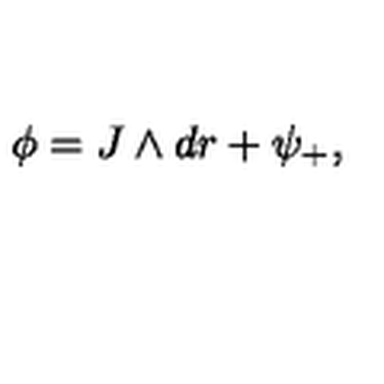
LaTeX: \phi = J \wedge d r + \psi _ { + } ,